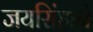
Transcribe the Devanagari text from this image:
जयसिंहाने